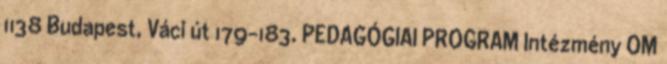
1138 Budapest, Váci út 179-183. PEDAGÓGIAI PROGRAM Intézmény OM